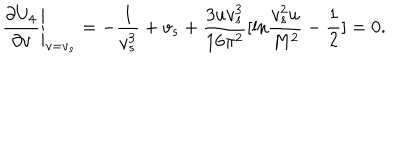
\left. \frac { \partial U _ { 4 } } { \partial v } \right| _ { v = v _ { s } } = - \frac { 1 } { v _ { s } ^ { 3 } } + v _ { s } + \frac { 3 u v _ { s } ^ { 3 } } { 1 6 \pi ^ { 2 } } [ \mathrm { l n } \frac { v _ { s } ^ { 2 } u } { M ^ { 2 } } - \frac { 1 } { 2 } ] = 0 .